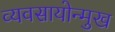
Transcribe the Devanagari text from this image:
व्यवसायोन्मुख